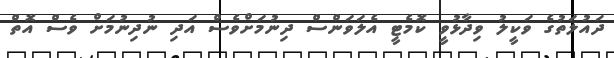
ދައުލަތުގެ ވަކީލު ވިދާޅުވީ ކޮމެޓީ އެލަވަންސް ދިނުމަށްވެސް އަދި ނުދިނުމަށް ވެސް އޮތް